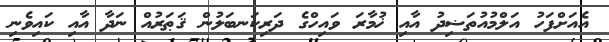
އެއަށްފަހު އަލްމުއުތަޟިދު އާއި ޚުމާރަ ވައިހްގެ ދަރިކަނބަލުން ޤަޠަރުއް ނަދާ އާއި ކައިވެނި